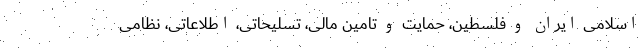
اسلامی ایران و فلسطین، حمایت و تامین مالی، تسلیحاتی، اطلاعاتی، نظامی